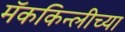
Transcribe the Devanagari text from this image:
मॅककिन्लीच्या